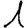
Digit: 1